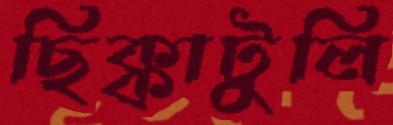
ছিক্কাটুলি